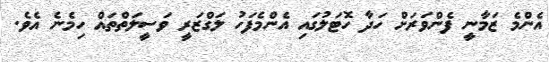
އެންމެ ޒަމާނީ ފެންވަރަށް ހަދާ ހޮޓަލުގައި އެންމެފަހު ލަގްޒަރީ ވަސީލަތްތައް ހިމެނެ އެވެ.